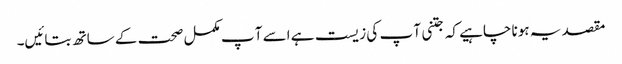
مقصد یہ ہونا چاہیے کہ جتنی آ پ کی زیست ہے اسے آ پ مکمل صحت کے ساتھ بتائیں۔